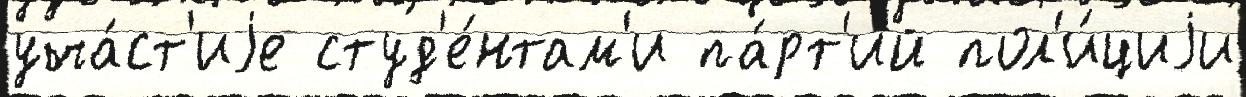
уча́ст'иjе студ'е́нтам'и па́рт'ий пол'и́циjи